Tezpur Lunatic Asylum reports 1877-1894 - 1877-1894
Year: 1877
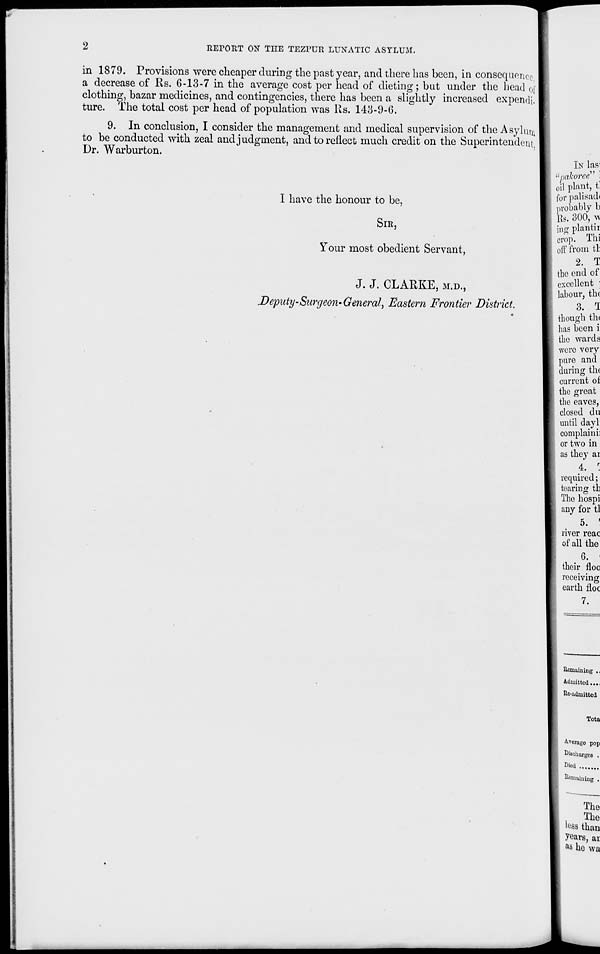
2
RErOET ON THE TEZPUR LUNATIC ASYLUM.
in 1879. Provisions were cheaper during the past year, and there has been, in consequence
a decrease of Rs. 6-13-7 in the average cost per head of dieting; but under the bead of
clothing, bazar medicines, and contingencies, there has been a slightly increased expendi.
ture. The total cost per head of population was Us. 143-9-6.
9. In conclusion, I consider the management and medical supervision of the Asylum
to be conducted with zeal and judgment, and to reflect much credit on the Superintendent,
Dr. Warburton.
I have the honour to be,
SIR,
Your most obedient Servant,
J. J. CLARKE, M.D.,
Deputy-Surgeon*General, Eastern Frontier District.